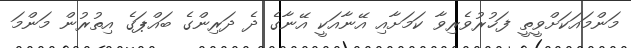
މަންމައަކަށްވީތީ ފަޚުރުވެރިވާ ކަމަށާއި އޭނާއަކީ އޭނާގެ ދެ ދަރިންގެ ބައްޕަގެ އިތުރުން މަންމަ